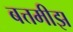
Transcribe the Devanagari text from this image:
बत्तमीझ